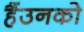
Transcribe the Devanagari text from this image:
हैंउनको